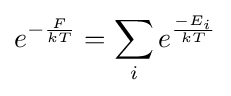
e^{-{\frac {F}{kT}}}=\sum _{i}e^{\frac {-E_{i}}{kT}}